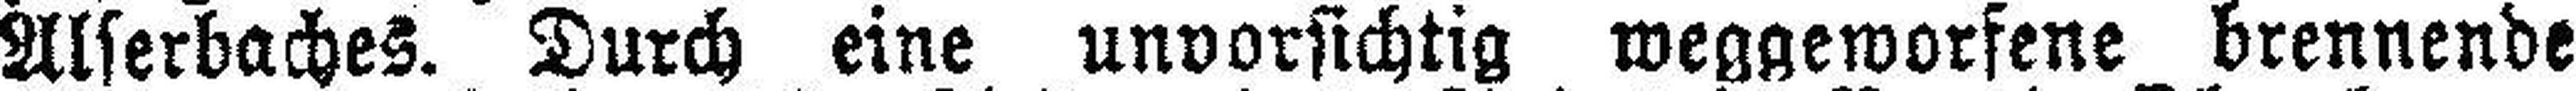
Alserbaches. Durch eine unvorsichtig weggeworfene brennende